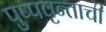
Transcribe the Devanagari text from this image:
पुष्पवृन्ताची